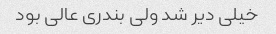
خیلی دیر شد ولی بندری عالی بود